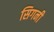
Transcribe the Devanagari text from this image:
सिगनी